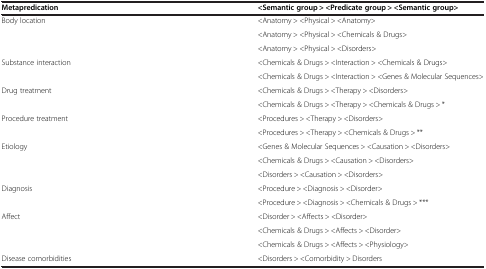
<table><thead><tr><td><b>Metapredication</b></td><td><b>&lt;Semantic group &gt; &lt;Predicate group &gt; &lt;Semantic group&gt;</b></td></tr></thead><tbody><tr><td rowspan="3">Body location</td><td>&lt;Anatomy &gt; &lt;Physical &gt; &lt;Anatomy&gt;</td></tr><tr><td>&lt;Anatomy &gt; &lt;Physical &gt; &lt;Chemicals &amp; Drugs&gt;</td></tr><tr><td>&lt;Anatomy &gt; &lt;Physical &gt; &lt;Disorders&gt;</td></tr><tr><td rowspan="2">Substance interaction</td><td>&lt;Chemicals &amp; Drugs &gt; &lt;Interaction &gt; &lt;Chemicals &amp; Drugs&gt;</td></tr><tr><td>&lt;Chemicals &amp; Drugs &gt; &lt;Interaction &gt; &lt;Genes &amp; Molecular Sequences&gt;</td></tr><tr><td rowspan="2">Drug treatment</td><td>&lt;Chemicals &amp; Drugs &gt; &lt;Therapy &gt; &lt;Disorders&gt;</td></tr><tr><td>&lt;Chemicals &amp; Drugs &gt; &lt;Therapy &gt; &lt;Chemicals &amp; Drugs &gt; *</td></tr><tr><td rowspan="2">Procedure treatment</td><td>&lt;Procedures &gt; &lt;Therapy &gt; &lt;Disorders&gt;</td></tr><tr><td>&lt;Procedures &gt; &lt;Therapy &gt; &lt;Chemicals &amp; Drugs &gt; **</td></tr><tr><td rowspan="3">Etiology</td><td>&lt;Genes &amp; Molecular Sequences &gt; &lt;Causation &gt; &lt;Disorders&gt;</td></tr><tr><td>&lt;Chemicals &amp; Drugs &gt; &lt;Causation &gt; &lt;Disorders&gt;</td></tr><tr><td>&lt;Disorders &gt; &lt;Causation &gt; &lt;Disorders&gt;</td></tr><tr><td rowspan="2">Diagnosis</td><td>&lt;Procedure &gt; &lt;Diagnosis &gt; &lt;Disorder&gt;</td></tr><tr><td>&lt;Procedure &gt; &lt;Diagnosis &gt; &lt;Chemicals &amp; Drugs &gt; ***</td></tr><tr><td rowspan="3">Affect</td><td>&lt;Disorder &gt; &lt;Affects &gt; &lt;Disorder&gt;</td></tr><tr><td>&lt;Chemicals &amp; Drugs &gt; &lt;Affects &gt; &lt;Disorder&gt;</td></tr><tr><td>&lt;Chemicals &amp; Drugs &gt; &lt;Affects &gt; &lt;Physiology&gt;</td></tr><tr><td>Disease comorbidities</td><td>&lt;Disorders &gt; &lt;Comorbidity &gt; Disorders</td></tr></tbody></table>